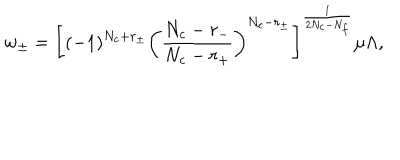
w _ { \pm } = \left[ ( - 1 ) ^ { N _ { c } + r _ { \pm } } \left( \frac { N _ { c } - r _ { - } } { N _ { c } - r _ { + } } \right) ^ { N _ { c } - r _ { \pm } } \right] ^ { \frac { 1 } { 2 N _ { c } - N _ { f } } } \mu \Lambda ,